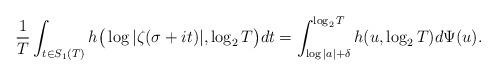
LaTeX: \begin{align*} \frac{1}{T}\int_{t\in S_1(T) }h\big(\log|\zeta(\sigma+it)|,\log_2T\big)dt= \int_{\log|a|+\delta}^{\log_2T} h(u,\log_2T)d\Psi(u).\end{align*}